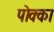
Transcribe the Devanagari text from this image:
पोक्का